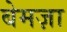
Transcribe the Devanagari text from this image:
बेमज़ा